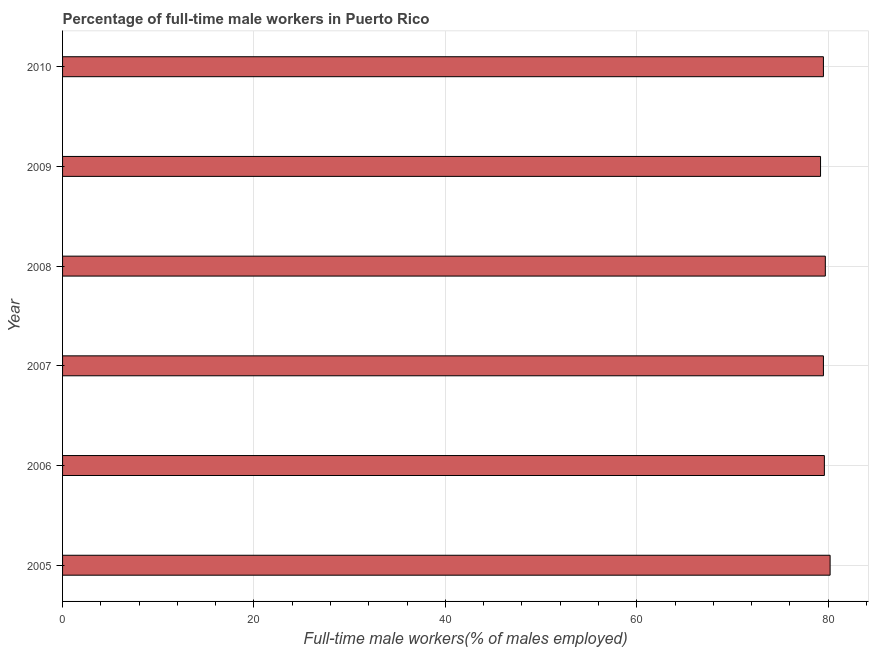
| Year | Wage and salary workers |
 | --- | --- |
 | 2005 | 80.2 |
 | 2006 | 79.6 |
 | 2007 | 79.5 |
 | 2008 | 79.7 |
 | 2009 | 79.2 |
 | 2010 | 79.5 |